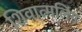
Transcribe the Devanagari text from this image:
शिवात्मलिंग